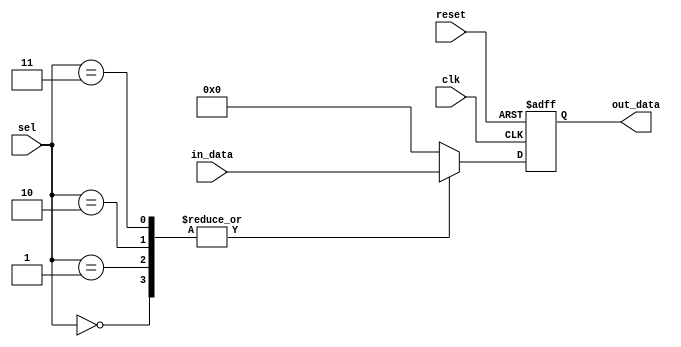
module mux_demux_buffer (
  input wire clk,
  input wire reset,
  input wire [3:0] sel,
  input wire [7:0] in_data,
  output wire [7:0] out_data
);

reg [7:0] buffer;

always @ (posedge clk or posedge reset) begin
  if (reset) begin
    buffer <= 8'b0;
  end else begin
    case(sel)
      4'b0000: buffer <= in_data;
      4'b0001: buffer <= in_data;
      4'b0010: buffer <= in_data;
      4'b0011: buffer <= in_data;
      default: buffer <= 8'b0;
    endcase
  end
end

assign out_data = buffer;

endmodule